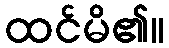
ထင်မိ၏။